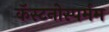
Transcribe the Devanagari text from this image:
कॅस्टनोस्पर्मम